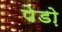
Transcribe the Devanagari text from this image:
पेडो़